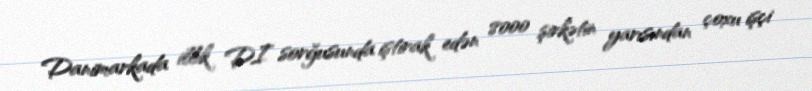
Danimarkada illik DI sorğusunda iştirak edən 8000 şirkətin yarısından çoxu işçi